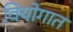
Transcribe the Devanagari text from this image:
वियोगात